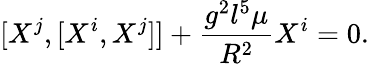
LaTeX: [X^{j},[X^{i},X^{j}]]+\frac{g^{2}l^{5}\mu}{R^{2}}X^{i}=0.